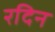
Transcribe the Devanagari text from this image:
रदिन